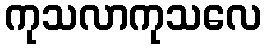
ကုသလာကုသလေ